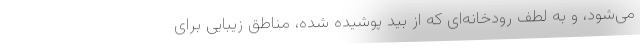
می‌شود، و به لطف رودخانه‌ای که از بید پوشیده شده، مناطق زیبایی برای